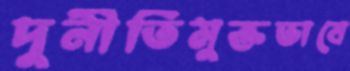
দুর্নীতিমুক্তভাবে